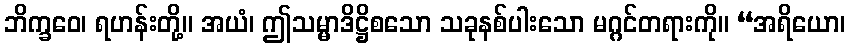
ဘိက္ခဝေ၊ ရဟန်းတို့။ အယံ၊ ဤသမ္မာဒိဋ္ဌိစသော သခုနစ်ပါးသော မဂ္ဂင်တရားကို။ “အရိယော၊